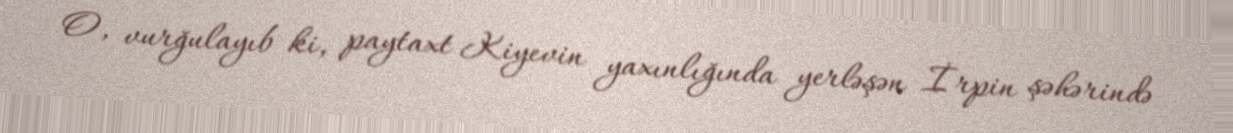
O, vurğulayıb ki, paytaxt Kiyevin yaxınlığında yerləşən İrpin şəhərində